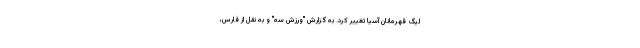
لیگ قهرمانان آسیا تغییر کرد. به گزارش "ورزش سه" و به نقل از فارس،